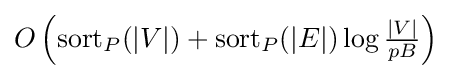
O\left({\textrm {sort}}_{P}(|V|)+{\textrm {sort}}_{P}(|E|)\log {\tfrac {|V|}{pB}}\right)